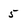
Character: 5